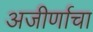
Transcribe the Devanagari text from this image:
अजीर्णाचा